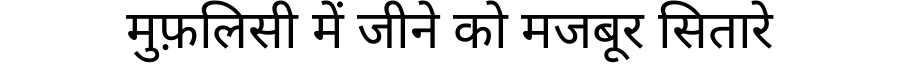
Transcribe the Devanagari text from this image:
मुफ़लिसी में जीने को मजबूर सितारे